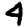
Digit: 4